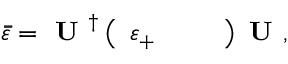
\bar { \bar { \varepsilon } } = \textbf { U } ^ { \dagger } \left( \begin{array} { l l l } { \varepsilon _ { + } } & { } & { } \end{array} \right) \textbf { U } ,